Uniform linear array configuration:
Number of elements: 48
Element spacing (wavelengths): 0.75
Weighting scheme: blackman
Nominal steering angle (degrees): -60
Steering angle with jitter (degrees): -58.026
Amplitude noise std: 0.05
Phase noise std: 0.05

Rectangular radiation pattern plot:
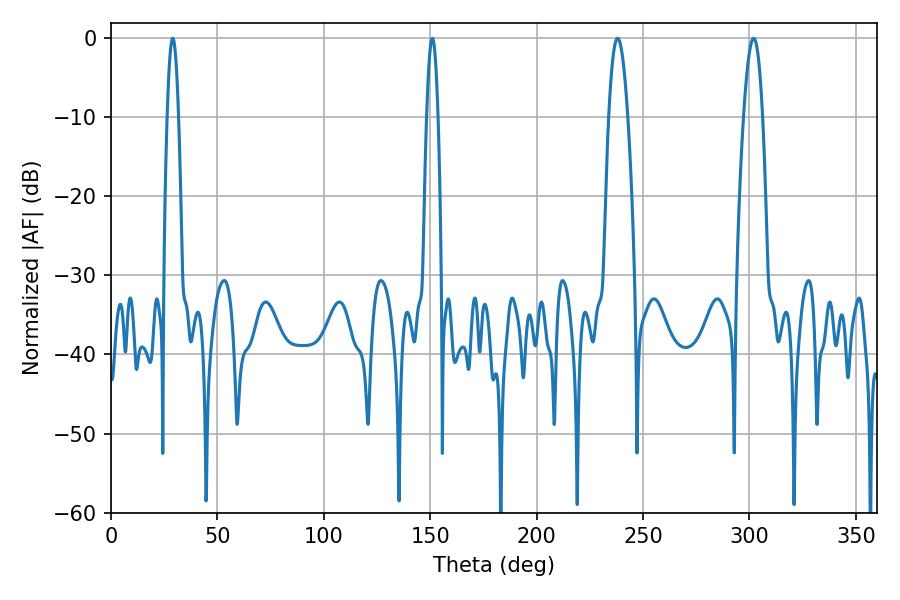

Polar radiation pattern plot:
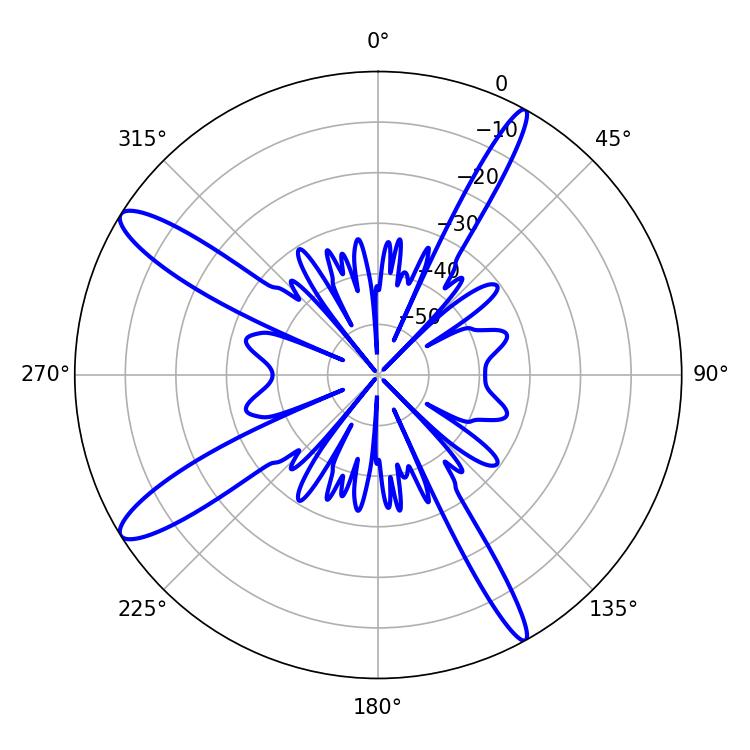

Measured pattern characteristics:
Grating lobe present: TRUE
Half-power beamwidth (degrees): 2.88
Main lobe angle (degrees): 28.98